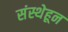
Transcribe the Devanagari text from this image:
संस्थेहून